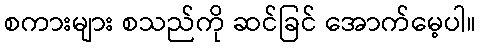
စကားများ စသည်ကို ဆင်ခြင် အောက်မေ့ပါ။